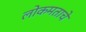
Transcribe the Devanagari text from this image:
लोकमताचे